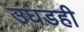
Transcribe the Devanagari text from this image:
उघडही